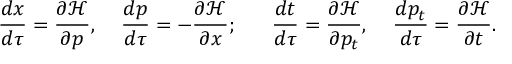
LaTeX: { \frac { d x } { d \tau } } = { \frac { \partial { \mathcal { H } } } { \partial p } } , \; \; \; \; { \frac { d p } { d \tau } } = - { \frac { \partial { \mathcal { H } } } { \partial x } } ; \; \; \; \; \; \; { \frac { d t } { d \tau } } = { \frac { \partial { \mathcal { H } } } { \partial p _ { t } } } , \; \; \; \; { \frac { d p _ { t } } { d \tau } } = { \frac { \partial { \mathcal { H } } } { \partial t } } .